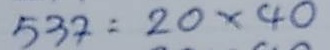
537 = 20 x 40